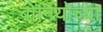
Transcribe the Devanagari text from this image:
बोर्नियोच्या